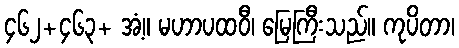
၄၆၂+၄၆၃+ အံ့။ မဟာပထဝီ၊ မြေကြီးသည်။ ကုပိတာ၊